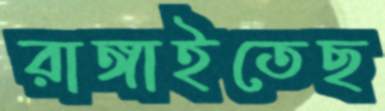
রাঙ্গাইতেছ